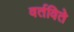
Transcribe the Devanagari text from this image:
वर्तविते